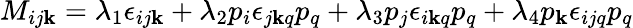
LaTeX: M_{ij\mathbf{k}}=\lambda_{1}\epsilon_{ij\mathbf{k}}+\lambda_{2}p_{i}\epsilon_{j\mathbf{k}q}p_{q}+\lambda_{3}p_{j}\epsilon_{i\mathbf{k}q}p_{q}+\lambda_{4}p_{\mathbf{k}}\epsilon_{ijq}p_{q}